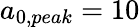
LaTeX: a_{0,peak}=10